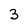
Character: 3